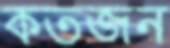
কতজন